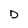
Character: D